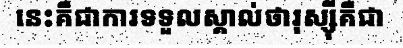
នេះគឺជាការទទួលស្គាល់ថារុស្ស៊ីគឺជា